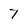
Character: 7